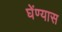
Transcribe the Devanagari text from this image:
घेंण्यास